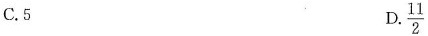
C.5 D.\frac{11}{2}